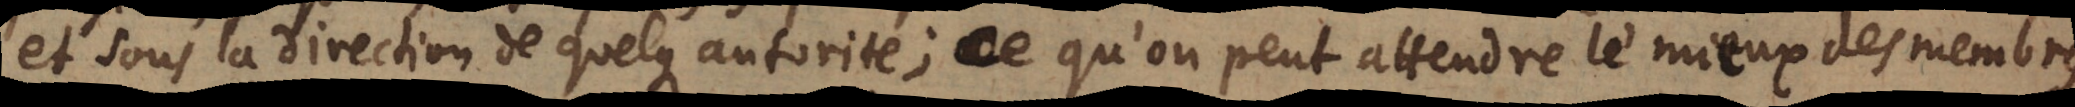
et sous la direction de quelque autorité; ce qu’on peut attendre le mieux des membres